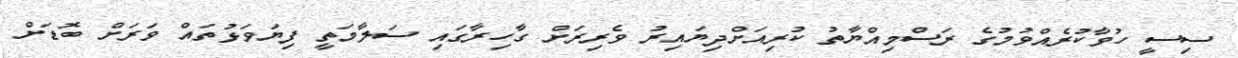
ސިސީ ހުވާކުރެއްވުމުގެ ރަސްމިއްޔާތު ކުރިއަށްދިޔައިރު ވެރިރަށް ގާހިރާގައި ސަލާމަތީ ފިޔަވަޅުތައް ވަރަށް ބޮޑަށް